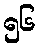
၅၆